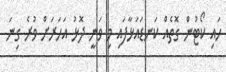
ހައި ކޯޓުން ގޮތެއް ކަނޑައަޅާފައި މި ވަނީ ދޮޅު އަހަރަށް ވުރެ ގިނަ